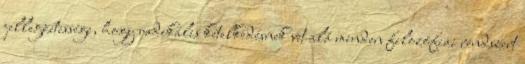
jellegzetessége, hogy radikális kételkedésnek vet alá minden filozófiai rendszert